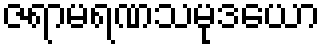
ဇရာမရဏသမုဒယော